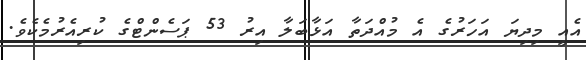
އެއީ މިދިޔަ އަހަރުގެ އެ މުއްދަތާ އަޅާބަލާ އިރު 53 ޕަސެންޓްގެ ކުރިއެރުމެކެވެ.